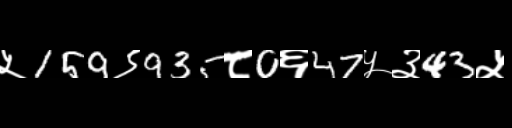
Text: ५159९935८0६47५३43५